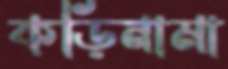
কড়িনামা